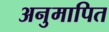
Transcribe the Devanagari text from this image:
अनुमापित